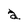
Character: a